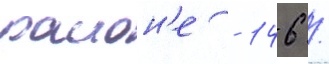
раион'е - 146 /